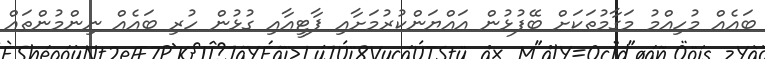
ބައެއް މުހިއްމު މަގާމުތަކަށް ބޭފުޅުން އައްޔަންކުރުމަށާއި ޕާޓީއާއި ގުޅުން ހުރި ބައެއް ނިންމުންތައް